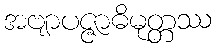
အဗျာပဇ္ဇာဓိမုတ္တဿ